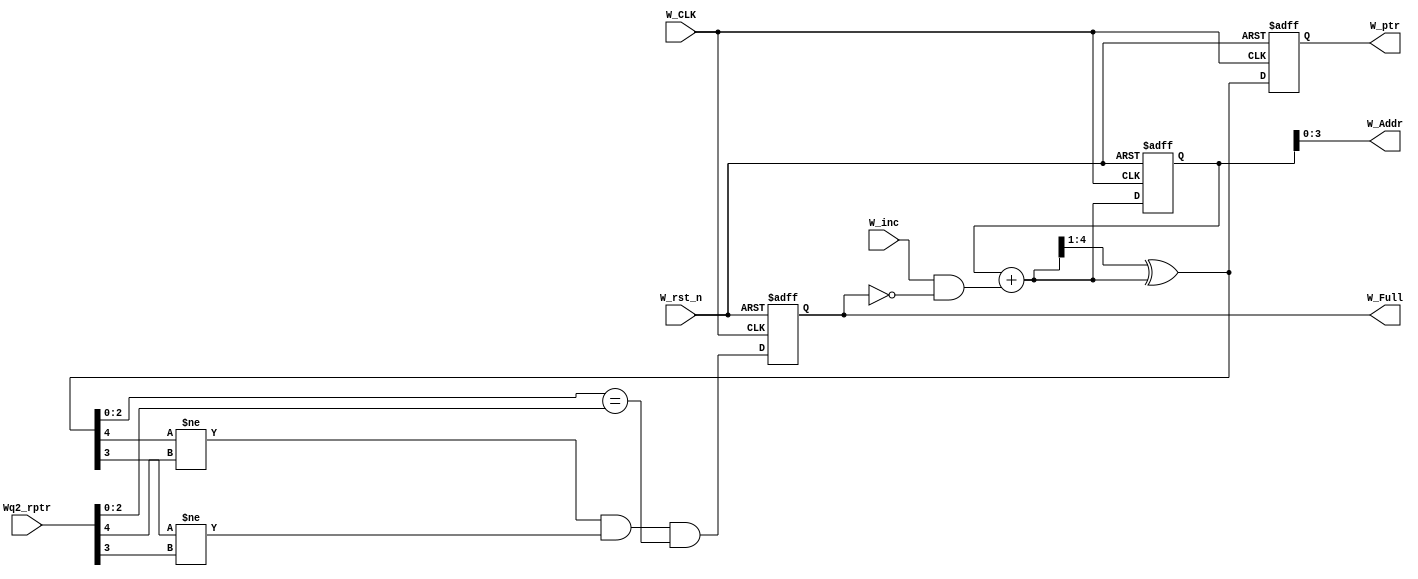
module FIFO_Write_Pointer #(

	parameter ADDR_WIDTH = 4
	
)(

	input  wire 					 W_CLK, 
	input  wire 					 W_rst_n,
	input  wire 					 W_inc,
	input  wire [ADDR_WIDTH     : 0] Wq2_rptr,						// Synchronized Read pointer  
	
	output reg 						 W_Full,
	output reg  [ADDR_WIDTH     : 0] W_ptr,							// Binary write pointer that needs to be converted to Gray one		
	output      [ADDR_WIDTH - 1 : 0] W_Addr
	
);

	reg  [ADDR_WIDTH: 0] Binary_W_ptr;								// Binary Value of the Write Pointer 
	wire [ADDR_WIDTH: 0] Gray_W_ptr , Binary_W_ptr_next;			// Gray Value of the Write Pointer
	wire 				 FULL_VALUE;
	
	always @(posedge W_CLK or negedge W_rst_n)
	begin
	
		if (!W_rst_n)
		begin
		
			W_Full       <= 1'b0;
			W_ptr 		 <= 4'b0000;
			Binary_W_ptr <= 4'b0000;
			
			
		end
		
		else
		begin
			W_Full       <= FULL_VALUE;
			W_ptr 		 <= Gray_W_ptr;
			Binary_W_ptr <= Binary_W_ptr_next;
		end
	end
	
	assign FULL_VALUE        = (Gray_W_ptr[ADDR_WIDTH]!= Wq2_rptr[ADDR_WIDTH])&&                           // MSB of Write Pointer differs from MSB of the Read Pointer
							   (Gray_W_ptr[ADDR_WIDTH-1]!= Wq2_rptr[ADDR_WIDTH - 1]) &&                    
							   (Gray_W_ptr[ADDR_WIDTH-2 : 0] == Wq2_rptr[ADDR_WIDTH - 2 : 0]);
							   
	assign W_Addr 			 = Binary_W_ptr[ADDR_WIDTH - 1 : 0];					// Binary Memory Address
	assign Binary_W_ptr_next = Binary_W_ptr + (W_inc & !W_Full);					
	assign Gray_W_ptr 	     = (Binary_W_ptr_next >> 1) ^ Binary_W_ptr_next;		// Binary to Gray Conversion
	
	
	

endmodule